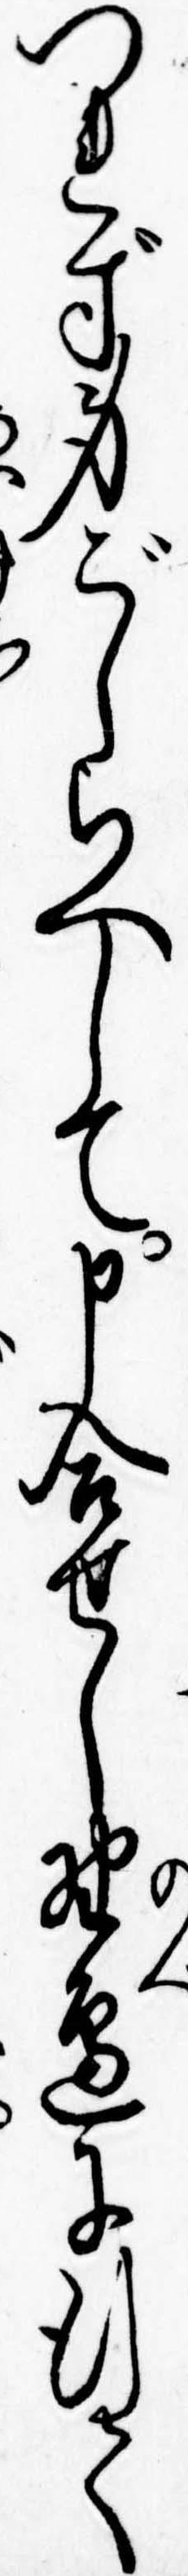
つれず身ごしらへして申合せし野辺に行て